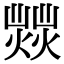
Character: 𤎸